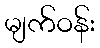
မျက်ဝန်း